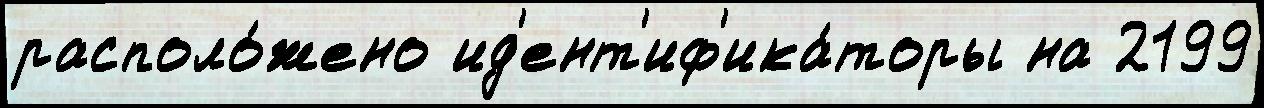
располо́жено ид'ент'иф'ика́торы на 2199